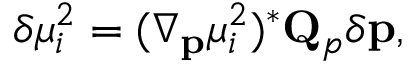
\delta \mu _ { i } ^ { 2 } = ( \nabla _ { \mathbf { p } } \mu _ { i } ^ { 2 } ) ^ { * } \mathbf { Q } _ { p } \delta \mathbf { p } ,